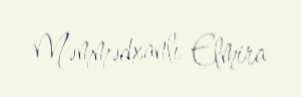
Məmmədxanlı Elmira